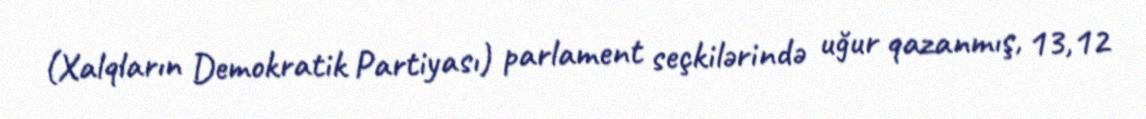
(Xalqların Demokratik Partiyası) parlament seçkilərində uğur qazanmış, 13,12